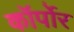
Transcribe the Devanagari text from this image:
कॉर्पोर